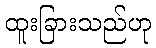
ထူးခြားသည်ဟု